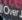
over